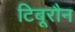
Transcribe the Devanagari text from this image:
टिबूरौन